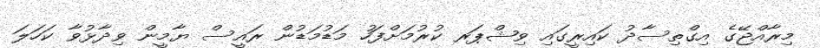
މިރާއްޖޭގެ އިގްތިސާދު ކައިރީގައި ވިޝްޕަރ ކުރުމަށްފަހު މަޑުމަޑުން ރައީސް ޔާމީން ވިދާޅުވާ ކަހަލަ